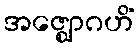
အဇ္ဈောဂဟိံ